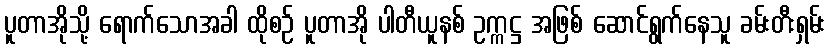
ပူတာအိုသို့ ရောက်သောအခါ ထိုစဉ် ပူတာအို ပါတီယူနစ် ဥက္ကဋ္ဌ အဖြစ် ဆောင်ရွက်နေသူ ခမ်းတီးရှမ်း